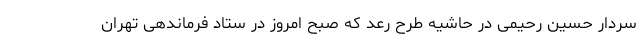
سردار حسین رحیمی در حاشیه طرح رعد که صبح امروز در ستاد فرماندهی تهران